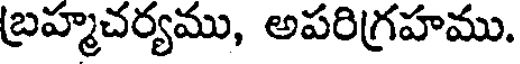
బ్రహ్మచర్యము, అపరిగ్రహము.